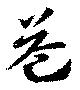
益